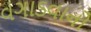
વગાડવાનો